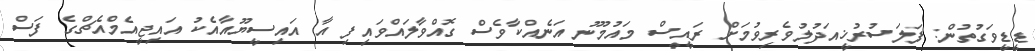
ޑީޑީވަގުތުން: ފަލަސުރުޚީއަދުލުވެރިވުމަށް ރައީސް މައުމޫނު އަނެއްކާވެސް ގޮއްވާލައްވައިފި އާ އައިސީޔޫއާއެކު އައިޖީއެމްއެޗްގެ ފަސް